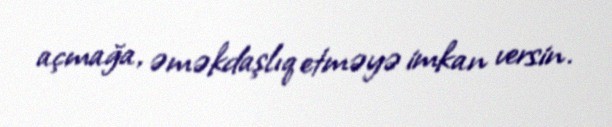
açmağa, əməkdaşlıq etməyə imkan versin.